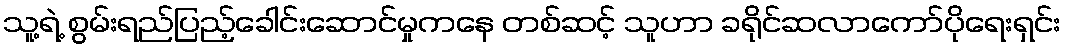
သူ့ရဲ့ စွမ်းရည်ပြည့်ခေါင်းဆောင်မှုကနေ တစ်ဆင့် သူဟာ ခရိုင်ဆလာကော်ပိုရေးရှင်း